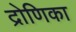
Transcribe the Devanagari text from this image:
द्रोणिका